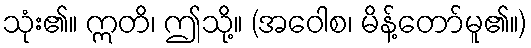
သုံး၏။ ဣတိ၊ ဤသို့။ (အဝေါစ၊ မိန့်တော်မူ၏။)